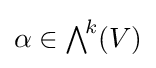
\alpha \in {\textstyle \bigwedge }^{\!k}(V)